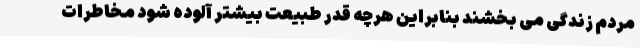
مردم زندگی می بخشند بنابراین هرچه قدر طبیعت بیشتر آلوده شود مخاطرات